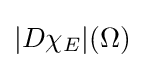
|D\chi _{E}|(\Omega )